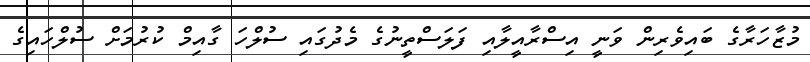
މުޒާހަރާގެ ބައިވެރިން ވަނީ އިސްރާއީލާއި ފަލަސްތީނުގެ މެދުގައި ސުލްހަ ގާއިމް ކުރުމަށް ސުލްހައިގެ